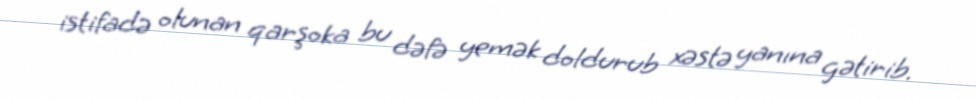
istifadə olunan qarşoka bu dəfə yemək doldurub xəstə yanına gətirib.